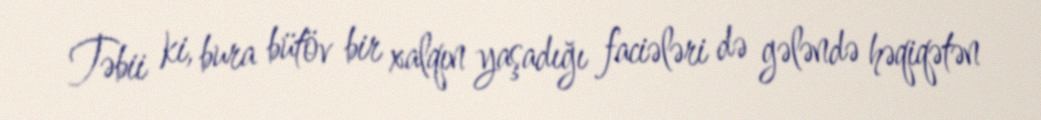
Təbii ki, bura bütöv bir xalqın yaşadığı faciələri də gələndə həqiqətən